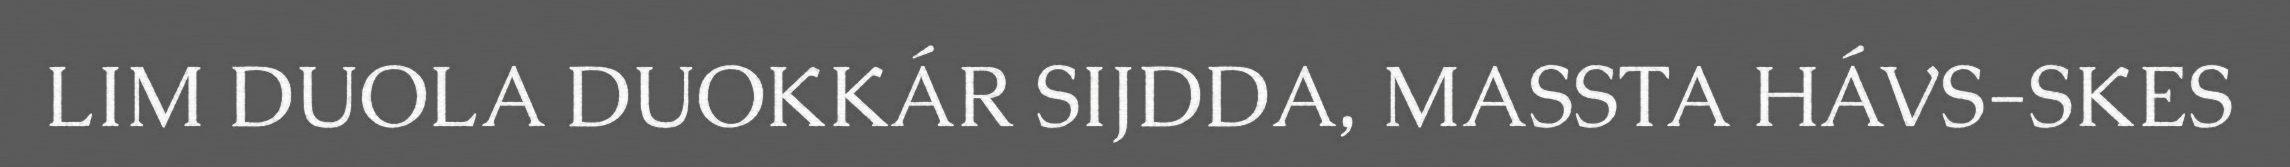
LIM DUOLA DUOKKÁR SIJDDA, MASSTA HÁVS-SKES